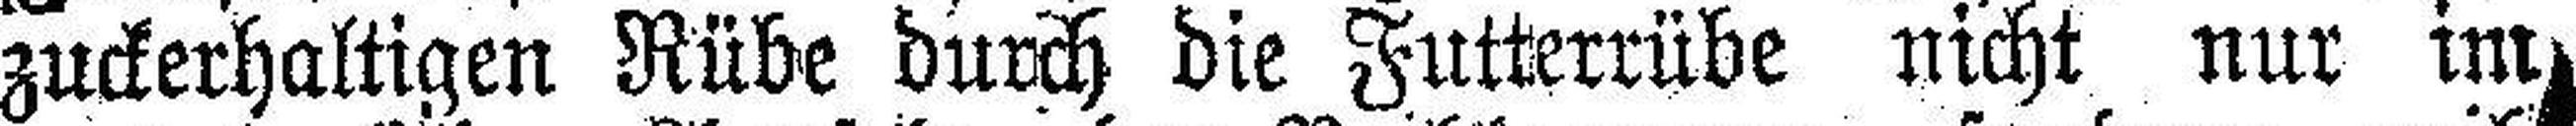
zuckerhaltigen Rübe durch die Futterrübe nicht nur im